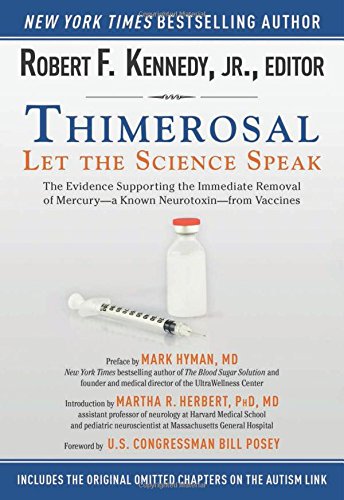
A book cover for Thimerosal: Let the Science Speak: The Evidence Supporting the Immediate Removal of MercuryEEa Known NeurotoxinEEfrom Vaccines; Jr. Robert F. Kennedy; Medical Books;